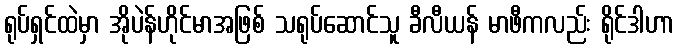
ရုပ်ရှင်ထဲမှာ အိုပဲန်ဟိုင်မာအဖြစ် သရုပ်ဆောင်သူ ခီလီယန် မာဖီကလည်း ရိုင်ဒါဟာ